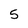
Character: 5